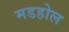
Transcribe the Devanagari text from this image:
मडहोल